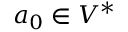
a _ { 0 } \in V ^ { * }